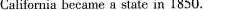
California became a state in 1850.